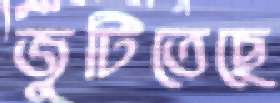
জুটিতেছে